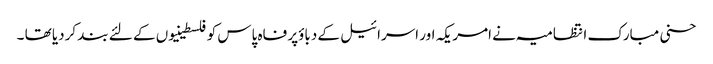
حسنی مبارک انتظامیہ نے امریکہ اور اسرائیل کے دباؤپر فاہ پاس کو فلسطینیوں کے لئے بند کردیا تھا ۔